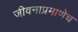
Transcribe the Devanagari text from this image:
जीवनाप्रमाणेच